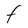
Character: F